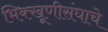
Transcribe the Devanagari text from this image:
भिक्खूणीसंघाचे